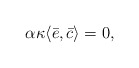
\begin{align*}\alpha \kappa \langle \bar{e},\bar{c}\rangle=0, \end{align*}